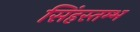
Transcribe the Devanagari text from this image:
सिंहस्तम्भ